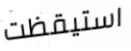
استيقظت